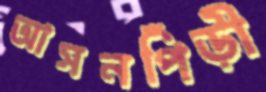
আসনপিঁড়ী